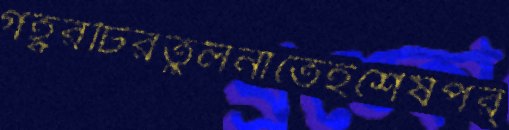
গহ্বরটিরতুলনাতেইশেষপর্